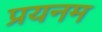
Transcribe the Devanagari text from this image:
प्रयनम